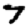
Digit: 7